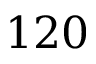
1 2 0